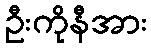
ဦးကိုနီအား